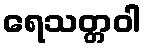
ရေသတ္တဝါ